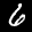
Label: 6